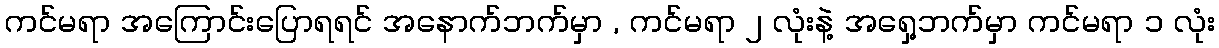
ကင်မရာ အကြောင်းပြောရရင် အနောက်ဘက်မှာ , ကင်မရာ ၂ လုံးနဲ့ အရှေ့ဘက်မှာ ကင်မရာ ၁ လုံး